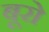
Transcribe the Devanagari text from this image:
बूरो